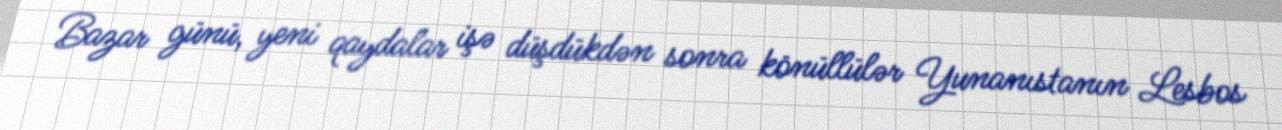
Bazar günü, yeni qaydalar işə düşdükdən sonra könüllülər Yunanıstanın Lesbos